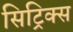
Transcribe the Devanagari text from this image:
सिट्रिक्स